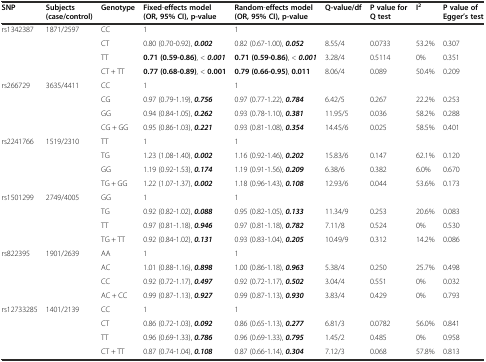
<table><thead><tr><td><b>SNP</b></td><td><b>Subjects (case/control)</b></td><td><b>Genotype</b></td><td><b>Fixed-effects model (OR, 95% CI), p-value</b></td><td><b>Random-effects model (OR, 95% CI), p-value</b></td><td><b>Q-value/df</b></td><td><b>P value for Q test</b></td><td><b>I<sup>2</sup></b></td><td><b>P value of Egger’s test</b></td></tr></thead><tbody><tr><td rowspan="4">rs1342387</td><td rowspan="4">1871/2597</td><td>CC</td><td>1</td><td>1</td><td></td><td></td><td></td><td></td></tr><tr><td>CT</td><td>0.80 (0.70-0.92), <b><i>0.002</i></b></td><td>0.82 (0.67-1.00), <b><i>0.052</i></b></td><td>8.55/4</td><td>0.0733</td><td>53.2%</td><td>0.307</td></tr><tr><td>TT</td><td><b>0.71</b><b>(0.59-</b><b>0.86)</b>, &lt; <b><i>0.001</i></b></td><td><b>0.71</b><b>(0.59-</b><b>0.86)</b>, &lt; <b><i>0.001</i></b></td><td>3.28/4</td><td>0.5114</td><td>0%</td><td>0.351</td></tr><tr><td>CT + TT</td><td><b>0.77</b><b>(0.68-</b><b>0.89)</b>, &lt; <b>0.001</b></td><td><b>0.79</b><b>(0.66-</b><b>0.95)</b>, <b>0.011</b></td><td>8.06/4</td><td>0.089</td><td>50.4%</td><td>0.209</td></tr><tr><td rowspan="4">rs266729</td><td rowspan="4">3635/4411</td><td>CC</td><td>1</td><td>1</td><td></td><td></td><td></td><td></td></tr><tr><td>CG</td><td>0.97 (0.79-1.19), <b><i>0.756</i></b></td><td>0.97 (0.77-1.22), <b><i>0.784</i></b></td><td>6.42/5</td><td>0.267</td><td>22.2%</td><td>0.253</td></tr><tr><td>GG</td><td>0.94 (0.84-1.05), <b><i>0.262</i></b></td><td>0.93 (0.78-1.10), <b><i>0.381</i></b></td><td>11.95/5</td><td>0.036</td><td>58.2%</td><td>0.288</td></tr><tr><td>CG + GG</td><td>0.95 (0.86-1.03), <b><i>0.221</i></b></td><td>0.93 (0.81-1.08), <b><i>0.354</i></b></td><td>14.45/6</td><td>0.025</td><td>58.5%</td><td>0.401</td></tr><tr><td rowspan="4">rs2241766</td><td rowspan="4">1519/2310</td><td>TT</td><td>1</td><td>1</td><td></td><td></td><td></td><td></td></tr><tr><td>TG</td><td>1.23 (1.08-1.40), <b><i>0.002</i></b></td><td>1.16 (0.92-1.46), <b><i>0.202</i></b></td><td>15.83/6</td><td>0.147</td><td>62.1%</td><td>0.120</td></tr><tr><td>GG</td><td>1.19 (0.92-1.53), <b><i>0.174</i></b></td><td>1.19 (0.91-1.56), <b><i>0.209</i></b></td><td>6.38/6</td><td>0.382</td><td>6.0%</td><td>0.670</td></tr><tr><td>TG + GG</td><td>1.22 (1.07-1.37), <b><i>0.002</i></b></td><td>1.18 (0.96-1.43), <b><i>0.108</i></b></td><td>12.93/6</td><td>0.044</td><td>53.6%</td><td>0.173</td></tr><tr><td rowspan="4">rs1501299</td><td rowspan="4">2749/4005</td><td>GG</td><td>1</td><td>1</td><td></td><td></td><td></td><td></td></tr><tr><td>TG</td><td>0.92 (0.82-1.02), <b><i>0.088</i></b></td><td>0.95 (0.82-1.05), <b><i>0.133</i></b></td><td>11.34/9</td><td>0.253</td><td>20.6%</td><td>0.083</td></tr><tr><td>TT</td><td>0.97 (0.81-1.18), <b><i>0.946</i></b></td><td>0.97 (0.81-1.18), <b><i>0.782</i></b></td><td>7.11/8</td><td>0.524</td><td>0%</td><td>0.530</td></tr><tr><td>TG + TT</td><td>0.92 (0.84-1.02), <b><i>0.131</i></b></td><td>0.93 (0.83-1.04), <b><i>0.205</i></b></td><td>10.49/9</td><td>0.312</td><td>14.2%</td><td>0.086</td></tr><tr><td rowspan="4">rs822395</td><td rowspan="4">1901/2639</td><td>AA</td><td>1</td><td>1</td><td></td><td></td><td></td><td></td></tr><tr><td>AC</td><td>1.01 (0.88-1.16), <b><i>0.898</i></b></td><td>1.00 (0.86-1.18), <b><i>0.963</i></b></td><td>5.38/4</td><td>0.250</td><td>25.7%</td><td>0.498</td></tr><tr><td>CC</td><td>0.92 (0.72-1.17), <b><i>0.497</i></b></td><td>0.92 (0.72-1.17), <b><i>0.502</i></b></td><td>3.04/4</td><td>0.551</td><td>0%</td><td>0.032</td></tr><tr><td>AC + CC</td><td>0.99 (0.87-1.13), <b><i>0.927</i></b></td><td>0.99 (0.87-1.13), <b><i>0.930</i></b></td><td>3.83/4</td><td>0.429</td><td>0%</td><td>0.793</td></tr><tr><td rowspan="4">rs12733285</td><td rowspan="4">1401/2139</td><td>CC</td><td>1</td><td>1</td><td></td><td></td><td></td><td></td></tr><tr><td>CT</td><td>0.86 (0.72-1.03), <b><i>0.092</i></b></td><td>0.86 (0.65-1.13), <b><i>0.277</i></b></td><td>6.81/3</td><td>0.0782</td><td>56.0%</td><td>0.841</td></tr><tr><td>TT</td><td>0.96 (0.69-1.33), <b><i>0.786</i></b></td><td>0.96 (0.69-1.33), <b><i>0.795</i></b></td><td>1.45/2</td><td>0.485</td><td>0%</td><td>0.958</td></tr><tr><td>CT + TT</td><td>0.87 (0.74-1.04), <b><i>0.108</i></b></td><td>0.87 (0.66-1.14), <b><i>0.304</i></b></td><td>7.12/3</td><td>0.068</td><td>57.8%</td><td>0.813</td></tr></tbody></table>